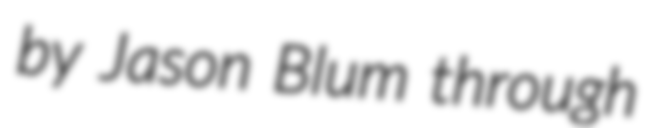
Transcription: by Jason Blum through